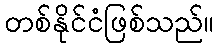
တစ်နိုင်ငံဖြစ်သည်။